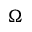
\Omega